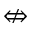
\nLeftrightarrow